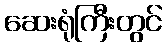
ဆေးရုံကြီးတွင်